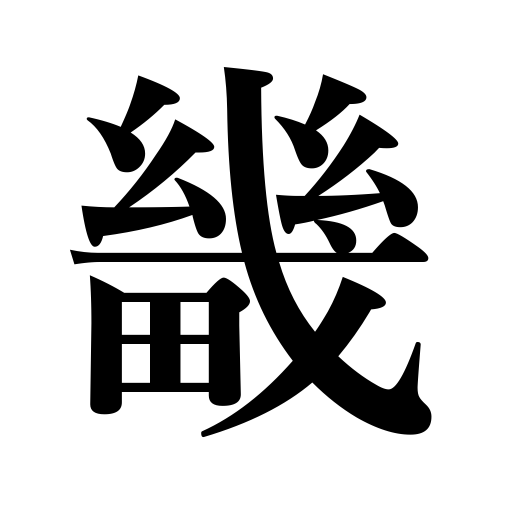
Meanings: capital suburbs,capital